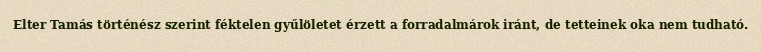
Elter Tamás történész szerint féktelen gyűlöletet érzett a forradalmárok iránt, de tetteinek oka nem tudható.